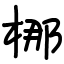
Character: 梛